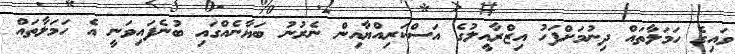
ވައިގެ ހަމަލާތައް ދިނުމަށްފަހު އިޒްރާއީލުގެ އަސްކަރިއްޔާއިން ނެރުނު ބަޔާނެއްގައި ބުނެފައިވަނީ އެ ހަމަލާތައް